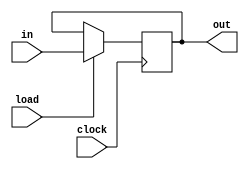
module reg8_bit(clock, load, in, out);

	input clock, load;
	input [7:0] in;
	output reg [7:0] out;
	
	always @(posedge clock)
	begin
		if (load == 1'b1)
			out <= in;
	end
		
endmodule